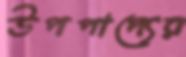
উপপাদ্যের